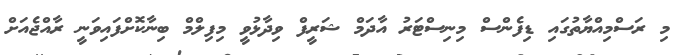
މި ރަސްމިއްޔާތުގައި ޑިފެންސް މިނިސްޓަރު އާދަމް ޝަރީފް ވިދާޅުވީ މިފިލްމް ބިނާކޮށްފައިވަނީ ރާއްޖެއަށް